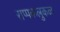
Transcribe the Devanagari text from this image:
राप्पकलुकळ